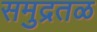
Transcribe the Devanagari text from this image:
समुद्रतळ